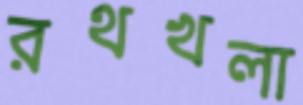
রথখলা